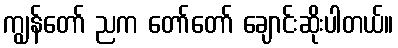
ကျွန်တော် ညက တော်တော် ချောင်းဆိုးပါတယ်။